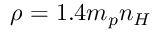
\rho = 1 . 4 m _ { p } n _ { H }